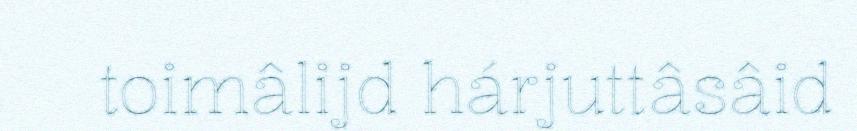
toimâlijd hárjuttâsâid